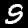
Label: 9